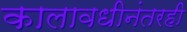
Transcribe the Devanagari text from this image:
कालावधीनंतरही